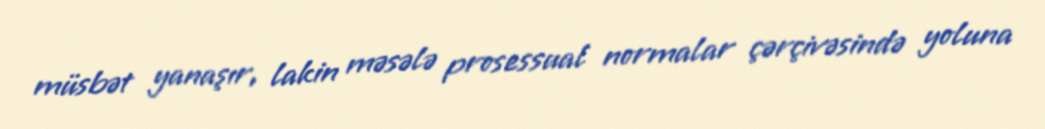
müsbət yanaşır, lakin məsələ prosessual normalar çərçivəsində yoluna